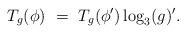
LaTeX: \begin{align*} T_g(\phi)\ =\ T_g(\phi')\log_3(g)'.\end{align*}